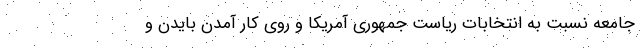
جامعه نسبت به انتخابات ریاست جمهوری آمریکا و روی کار آمدن بایدن و